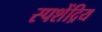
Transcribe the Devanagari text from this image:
स्पशेंद्रिय